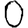
Digit: 0